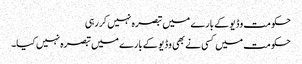
حکومت وڈیو کے بارے میں تبصرہ نہیں کررہی
حکومت میں کسی نے بھی وڈیو کے بارے میں تبصرہ نہیں کیا۔